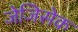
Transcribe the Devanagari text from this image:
जेजिसेक